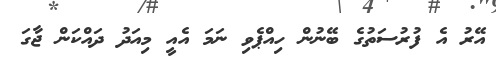
އޭރު އެ ފުރުސަތުގެ ބޭނުން ހިއްޕެވި ނަމަ އެއީ މިއަދު ދައްކަން ޖާގަ